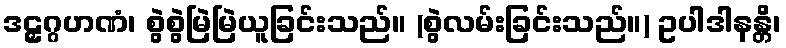
ဒဠှဂ္ဂဟဏံ၊ စွဲစွဲမြဲမြဲယူခြင်းသည်။ (စွဲလမ်းခြင်းသည်။) ဥပါဒါနန္တိ၊